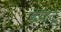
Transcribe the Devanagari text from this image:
हटटू